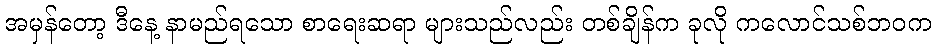
အမှန်တော့ ဒီနေ့ နာမည်ရသော စာရေးဆရာ များသည်လည်း တစ်ချိန်က ခုလို ကလောင်သစ်ဘဝက